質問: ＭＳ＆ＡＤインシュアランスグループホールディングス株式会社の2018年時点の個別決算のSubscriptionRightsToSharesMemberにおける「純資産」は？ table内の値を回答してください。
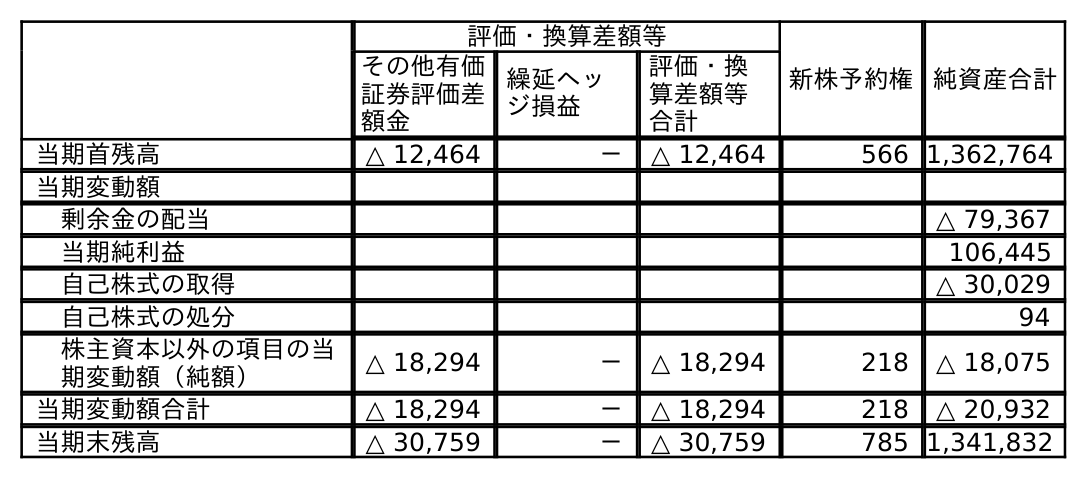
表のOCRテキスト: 評価・換算差額等 新株予約権純資産合計 その他有価 証券評価差 額金 繰延ヘッ ジ損益 評価・換 算差額等 合計 当期首残高 △ 12,464 － △ 12,464 566 1,362,764 当期変動額 剰余金の配当 △ 79,367 当期純利益 106,445 自己株式の取得 △ 30,029 自己株式の処分 94 株主資本以外の項目の当 期変動額（純額） △ 18,294 － △ 18,294 218 △ 18,075 当期変動額合計 △ 18,294 － △ 18,294 218 △ 20,932 当期末残高 △ 30,759 － △ 30,759 785 1,341,832
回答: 566